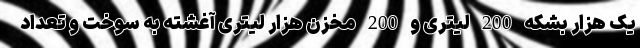
یک هزار بشکه 200 لیتری و 200 مخزن هزار لیتری آغشته به سوخت و تعداد